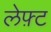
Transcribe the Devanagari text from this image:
लेफ़्ट